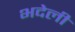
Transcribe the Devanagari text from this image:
भदेली